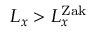
L _ { x } > L _ { x } ^ { \mathrm { Z a k } }